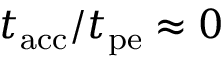
t _ { \mathrm { a c c } } / t _ { \mathrm { p e } } \approx 0